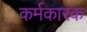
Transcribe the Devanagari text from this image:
कर्मकारक